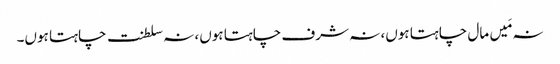
نہ مَیں مال چاہتا ہوں، نہ شرف چاہتا ہوں، نہ سلطنت چاہتا ہوں۔